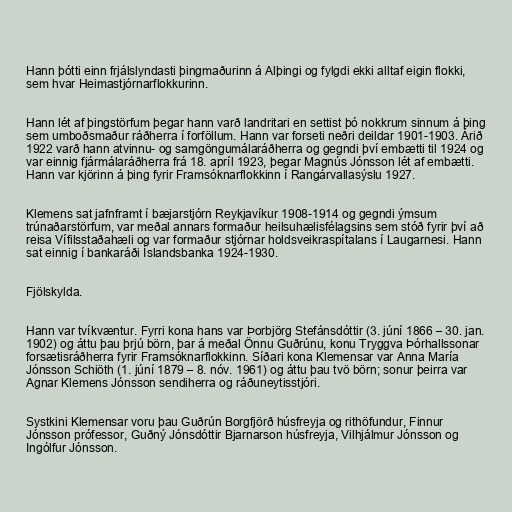
Hann þótti einn frjálslyndasti þingmaðurinn á Alþingi og fylgdi ekki alltaf eigin flokki,
sem hvar Heimastjórnarflokkurinn.

Hann lét af þingstörfum þegar hann varð landritari en settist þó nokkrum sinnum á þing
sem umboðsmaður ráðherra í forföllum. Hann var forseti neðri deildar 1901-1903. Árið
1922 varð hann atvinnu- og samgöngumálaráðherra og gegndi því embætti til 1924 og
var einnig fjármálaráðherra frá 18. apríl 1923, þegar Magnús Jónsson lét af embætti.
Hann var kjörinn á þing fyrir Framsóknarflokkinn í Rangárvallasýslu 1927.

Klemens sat jafnframt í bæjarstjórn Reykjavíkur 1908-1914 og gegndi ýmsum
trúnaðarstörfum, var meðal annars formaður heilsuhælisfélagsins sem stóð fyrir því að
reisa Vífilsstaðahæli og var formaður stjórnar holdsveikraspítalans í Laugarnesi. Hann
sat einnig í bankaráði Íslandsbanka 1924-1930.

Fjölskylda.

Hann var tvíkvæntur. Fyrri kona hans var Þorbjörg Stefánsdóttir (3. júní 1866 – 30. jan.
1902) og áttu þau þrjú börn, þar á meðal Önnu Guðrúnu, konu Tryggva Þórhallssonar
forsætisráðherra fyrir Framsóknarflokkinn. Síðari kona Klemensar var Anna María
Jónsson Schiöth (1. júní 1879 – 8. nóv. 1961) og áttu þau tvö börn; sonur þeirra var
Agnar Klemens Jónsson sendiherra og ráðuneytisstjóri.

Systkini Klemensar voru þau Guðrún Borgfjörð húsfreyja og rithöfundur, Finnur
Jónsson prófessor, Guðný Jónsdóttir Bjarnarson húsfreyja, Vilhjálmur Jónsson og
Ingólfur Jónsson.